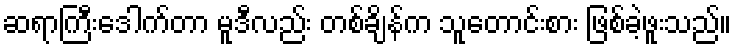
ဆရာကြီးဒေါက်တာ မူဒီလည်း တစ်ချိန်က သူတောင်းစား ဖြစ်ခဲ့ဖူးသည်။